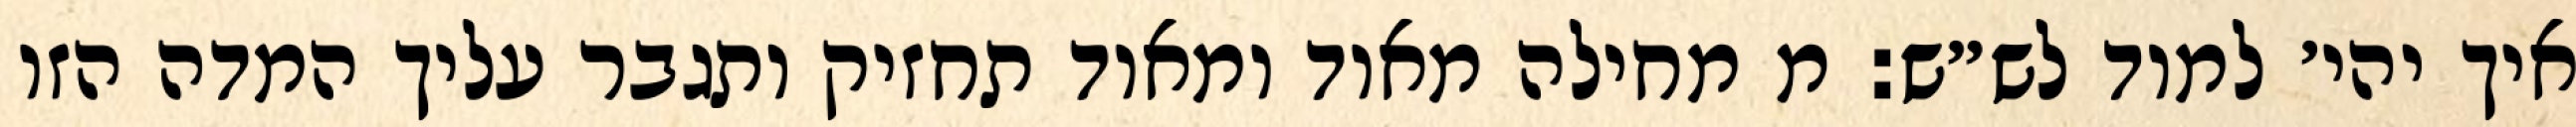
איך יהי׳ למוד לש״ש: מ מחילה מאוד ומאוד תחזיק ותגבר עליך המדה הזו